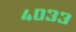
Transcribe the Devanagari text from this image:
४०३३